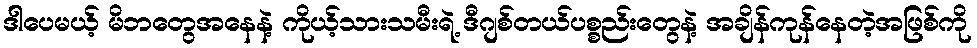
ဒါပေမယ့် မိဘတွေအနေနဲ့ ကိုယ့်သားသမီးရဲ့ ဒီဂျစ်တယ်ပစ္စည်းတွေနဲ့ အချိန်ကုန်နေတဲ့အဖြစ်ကို